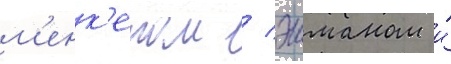
м'енк'еном / эшманом и́